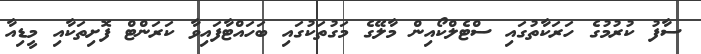
ސާފު ކުރުމުގެ ހަރަކާތުގައި ސްޓެލްކޯއިން މާލޭގެ މަގުތަކުގައި ބަހައްޓާފައިވާ ކަރަންޓް ފޮށިތަކާއި މީޑިއާ